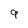
Character: 9